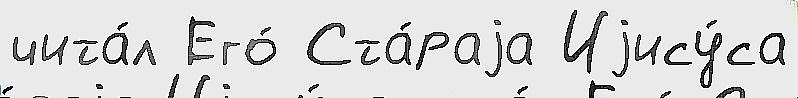
чита́л Его́ Ста́раjа Иjису́са